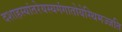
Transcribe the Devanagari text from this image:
दशाहस्यांतरेयस्यगंगातोयेस्थिमज्जति